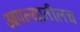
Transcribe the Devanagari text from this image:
आपल्यातीलच